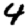
Digit: 4